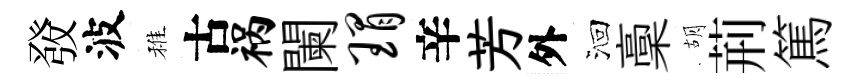
𤼲波稚古祸闌瑁辛芳外洄稾胡荊篤